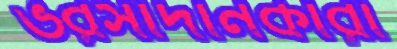
ভরসাদানকারী